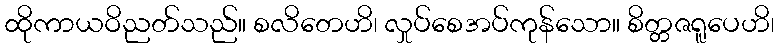
ထိုကာယဝိညတ်သည်။ စလိတေဟိ၊ လှုပ်စေအပ်ကုန်သော။ စိတ္တဇရူပေဟိ၊